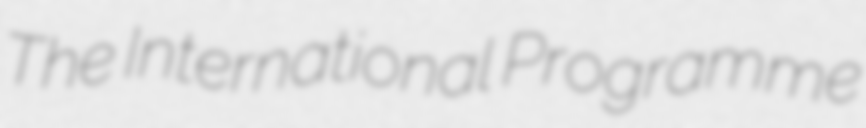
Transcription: The International Programme